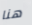
هنا